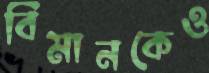
বিমানকেও